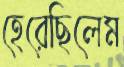
হেরেছিলেম